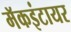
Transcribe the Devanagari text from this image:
मॅकइंटायर